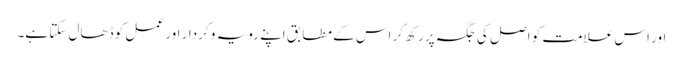
اور اس علامت کو اصل کی جگہ پر رکھ کر اس کے مطابق اپنے رویہ و کردار اور عمل کو ڈھال سکتا ہے۔